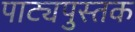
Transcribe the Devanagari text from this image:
पाट्यपुस्तक